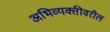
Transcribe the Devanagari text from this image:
अभिव्यक्तीवरील